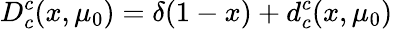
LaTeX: D_{c}^{c}(x,\mu_{0})=\delta(1-x)+d_{c}^{c}(x,\mu_{0})